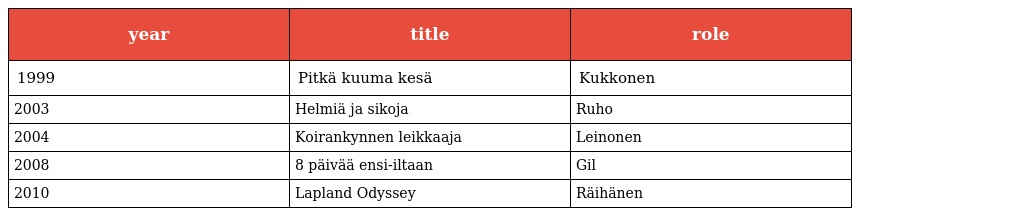
| year | title | role |
 | --- | --- | --- |
 | 1999 | Pitkä kuuma kesä | Kukkonen |
 | 2003 | Helmiä ja sikoja | Ruho |
 | 2004 | Koirankynnen leikkaaja | Leinonen |
 | 2008 | 8 päivää ensi-iltaan | Gil |
 | 2010 | Lapland Odyssey | Räihänen |